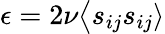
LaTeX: \epsilon=2\nu\bigl\langle s_{ij}s_{ij}\rangle